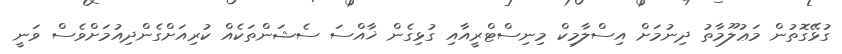
ގުޅޭގޮތުން މަޢުލޫމާތު ދިނުމަށް އިސްލާމިކް މިނިސްޓްރީއާއި ގުޅިގެން ޚާއްސަ ސެޝަންތަކެއް ކުރިއަށްގެންދިއުމަށްވެސް ވަނީ